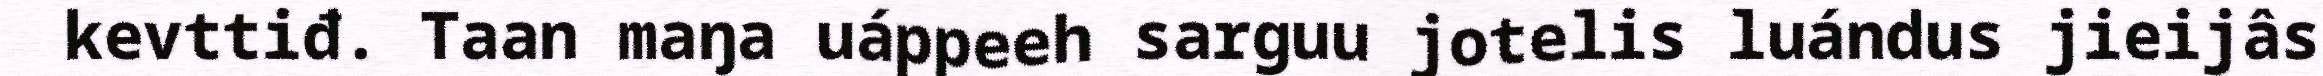
kevttiđ. Taan maŋa uáppeeh sarguu jotelis luándus jieijâs